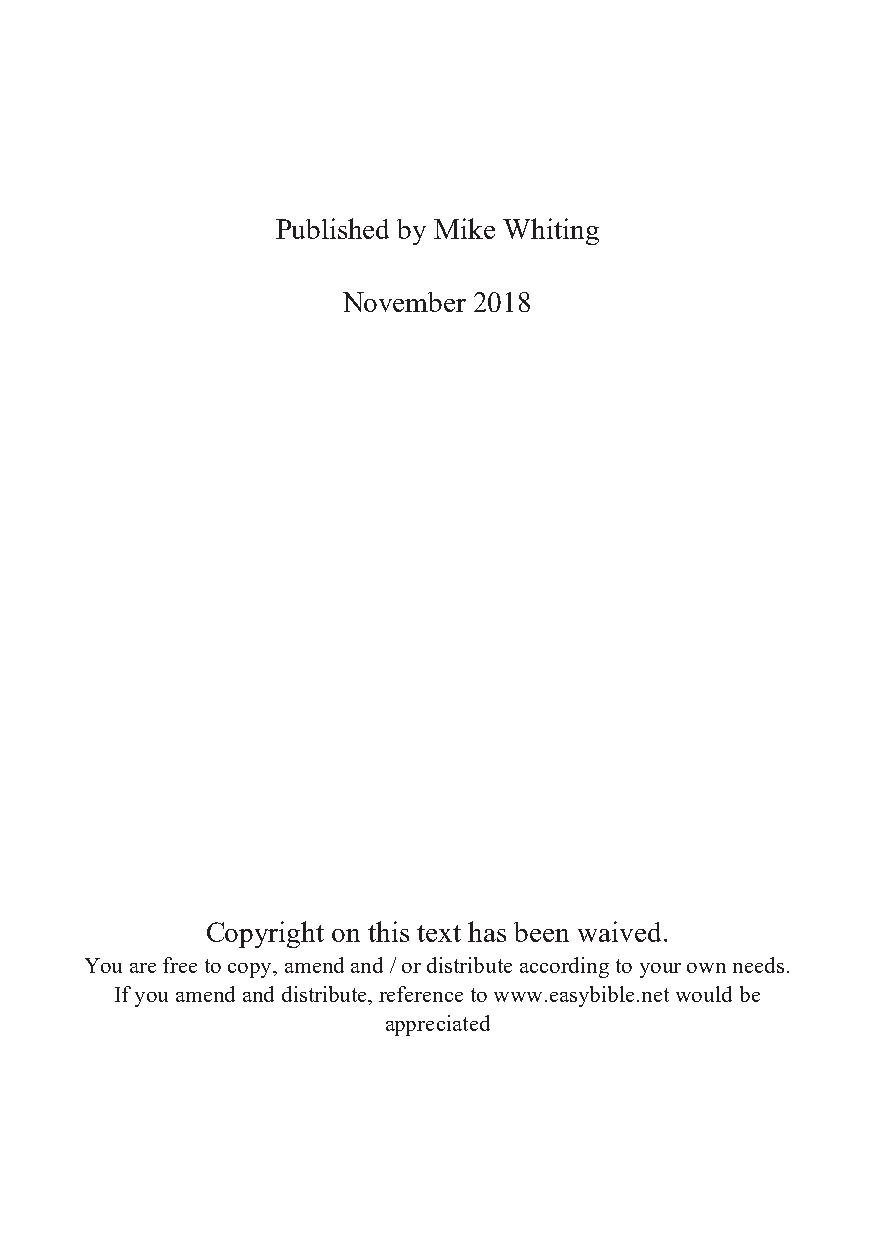
Published by Mike Whiting
 November 2018
 Copyright on this text has been waived.
 You are free to copy, amend and / or distribute according to your own needs.
 If you amend and distribute, reference to www.easybible.net would be
 appreciated